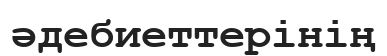
әдебиеттерінің